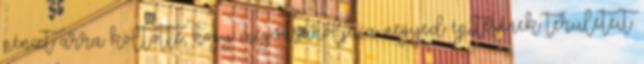
pénzt arra költötte, hogy megvásárolja a negyed építésének területeit